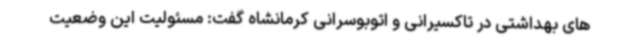
های بهداشتی در تاکسیرانی و اتوبوسرانی کرمانشاه گفت: مسئولیت این وضعیت